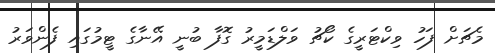
މެޗަށް ފަހު ވިކްޓަރީގެ ކޯޗު ވަލްޑަމީރު ގޮފާ ބުނީ އޭނާގެ ޓީމުގައި ފެންވަރު